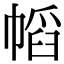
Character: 幍